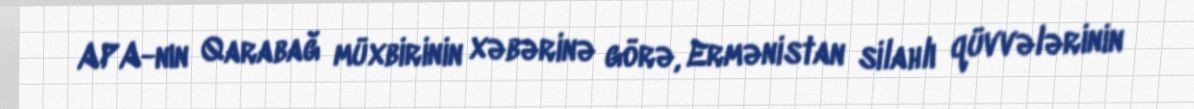
APA-nın Qarabağ müxbirinin xəbərinə görə, Ermənistan silahlı qüvvələrinin